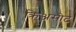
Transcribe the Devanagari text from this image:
क्रिअसोट